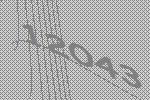
12043